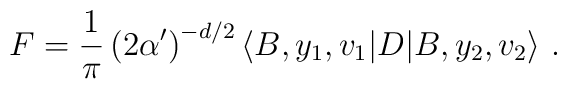
F = \frac{1}{\pi} \left( 2 \alpha ' \right)^{- d/2}   \langle B, y_1 , v_1 | D |B, y_2 , v_2 \rangle~.